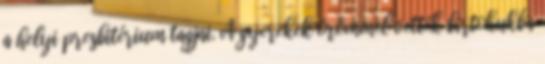
a helyi presbitérium tagjai. A gyerekek örömmel vették birtokukba